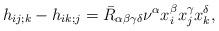
LaTeX: \begin{align*}h_{ij;k} - h_{ik;j} = \bar{R}_{\alpha \beta \gamma \delta} \nu^{\alpha} x_i^{\beta} x_j^{\gamma} x_k^{\delta},\end{align*}